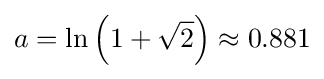
a=\ln \left(1+{\sqrt {2}}\right)\approx 0.881